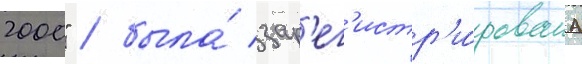
2000" / была́ зар'ег'истр'и́рована